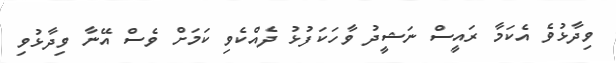
ވިދާޅުވެ އެކަމާ ރައީސް ނަޝީދު ވާހަކަފުޅު ދެއްކެވި ކަމަށް ވެސް އޭނާ ވިދާޅުވި